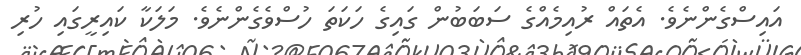
އައިސްގެންނެވެ. އެތައް ރުއިމެއްގެ ސަބަބުން ގައިގެ ހަކަތަ ހުސްވެގެންނެވެ. މަލަކާ ކައިރީގައި ހުރި